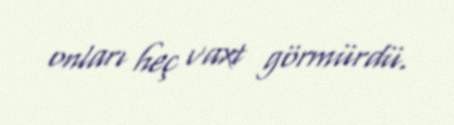
onları heç vaxt görmürdü.